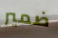
ضمير